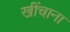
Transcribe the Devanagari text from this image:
खींचाना